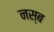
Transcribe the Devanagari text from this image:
नस्ब